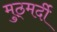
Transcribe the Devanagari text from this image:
मुठ्मर्दी